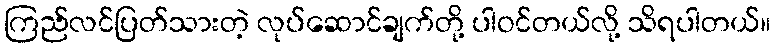
ကြည်လင်ပြတ်သားတဲ့ လုပ်ဆောင်ချက်တို့ ပါဝင်တယ်လို့ သိရပါတယ်။